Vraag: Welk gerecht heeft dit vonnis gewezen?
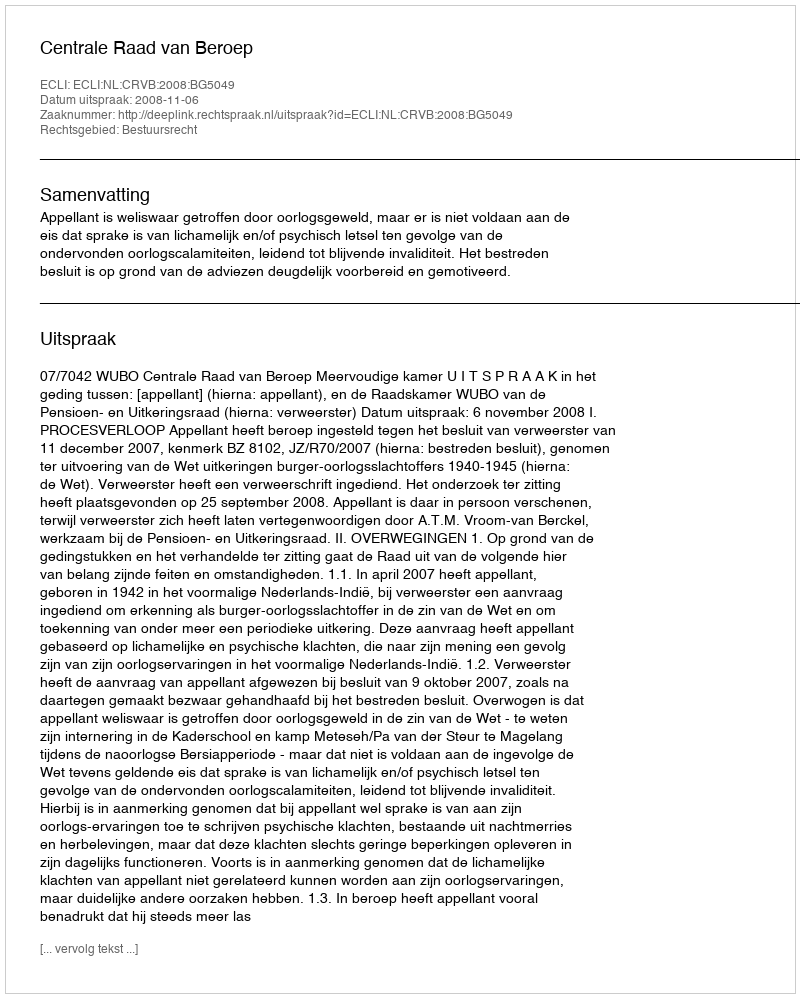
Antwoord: Centrale Raad van Beroep